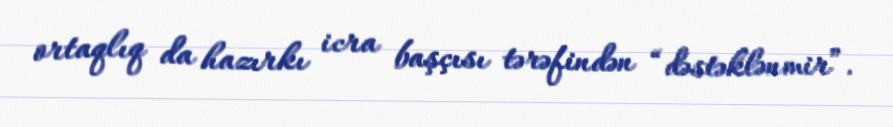
ortaqlıq da hazırkı icra başçısı tərəfindən “dəstəklənmir”.